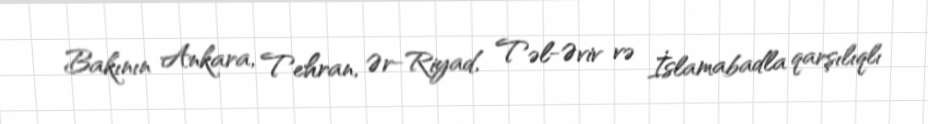
Bakının Ankara, Tehran, Ər-Riyad, Təl-Əviv və İslamabadla qarşılıqlı